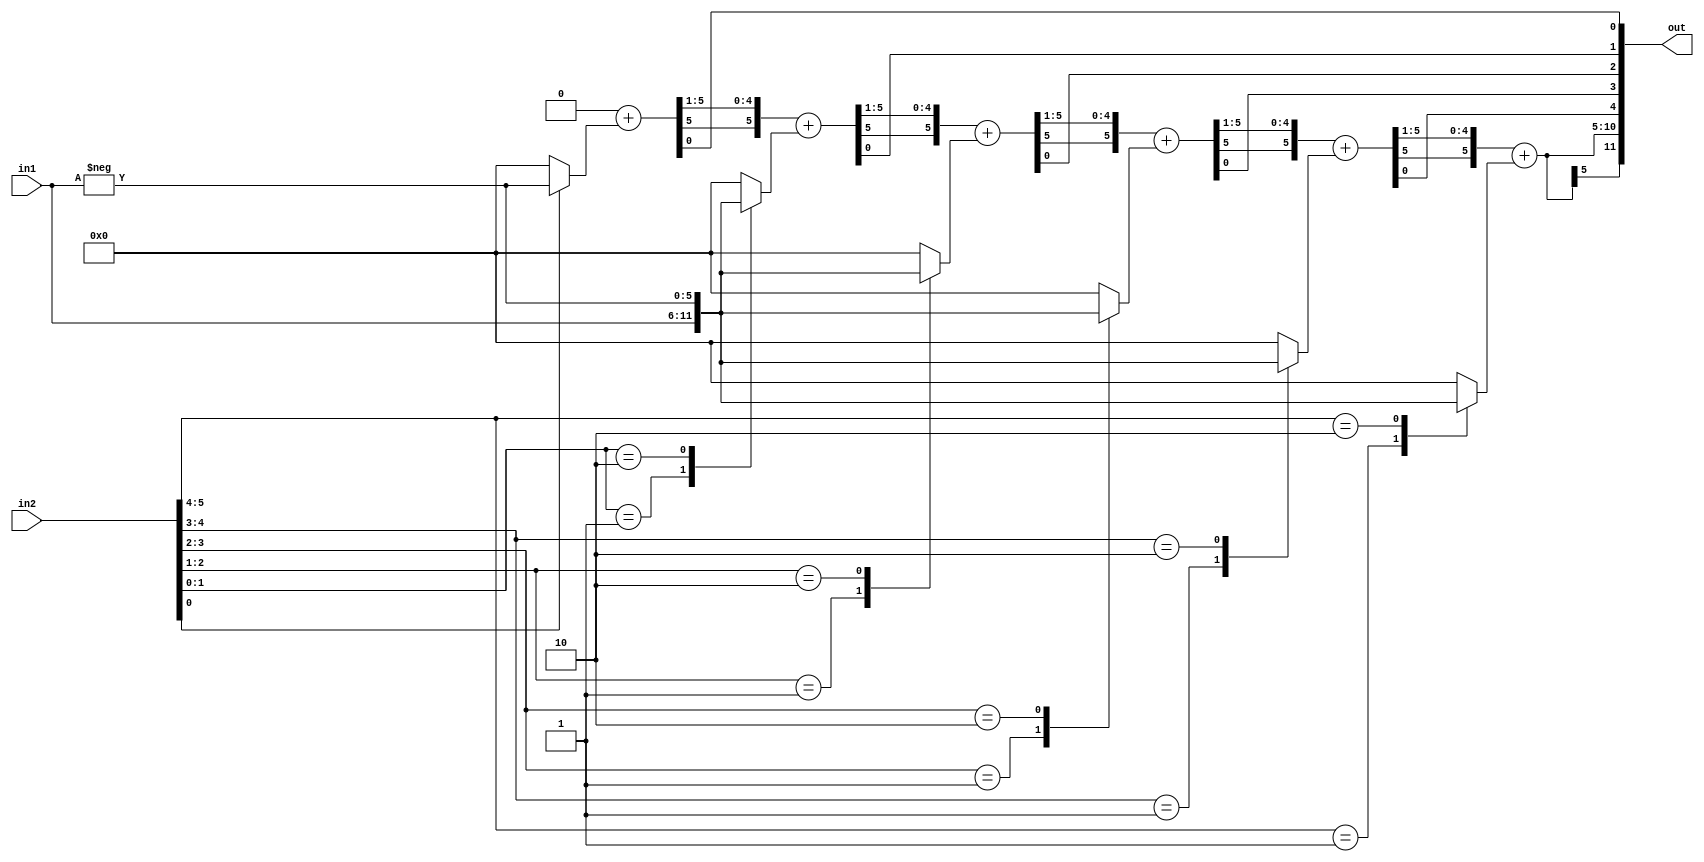
module booth(out, in1, in2);

parameter width = 6;

input  [width-1:0]   in1;   //multiplicand
input  [width-1:0]   in2;   //multiplier
output [2*width-1:0] out; //product

reg signed [2*width : 0] P;
reg [width-1:0] left;
integer index;

/*write your code here*/
always@(in1 or in2)begin
    P = { { width{1'b0} }, in2 , 1'b0 }; 
    for(index = 0; index < width; index = index + 1) begin
        case(P[1:0])
            2'b01 : begin
                //P = { { (P[2*width:width+1] + in1) }, { P[width:0] } };
                //P[2*width:width+1] = P[2*width:width+1] + in1;
                left = in1;
            end
            2'b10 : begin
                //P = { { (P[2*width:width+1] - in1) }, { P[width:0] } };
                //P[2*width:width+1] = P[2*width:width+1] - in1;
                left = -in1;
            end
            default: left = { width{1'b0} };
        endcase
        P[2*width:width+1] = P[2*width:width+1] + left;
        P = P >>> 1;
    end
end
assign out = P[2*width : 1];

endmodule